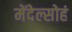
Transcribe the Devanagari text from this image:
मेंदेल्सोहं